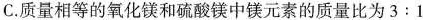
C.质量相等的氧化镁和硫酸镁中镁元素的质量比为$$3:1$$